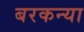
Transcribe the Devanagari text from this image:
बरकन्या